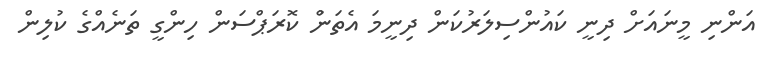
އަންނި މީނައަށް ދިނީ ކައުންސިލަރުކަން ދިނީމަ އެތަނުް ކޮރަޕްސަން ހިންގީ ތަނެއްގެ ކުލިން